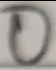
0